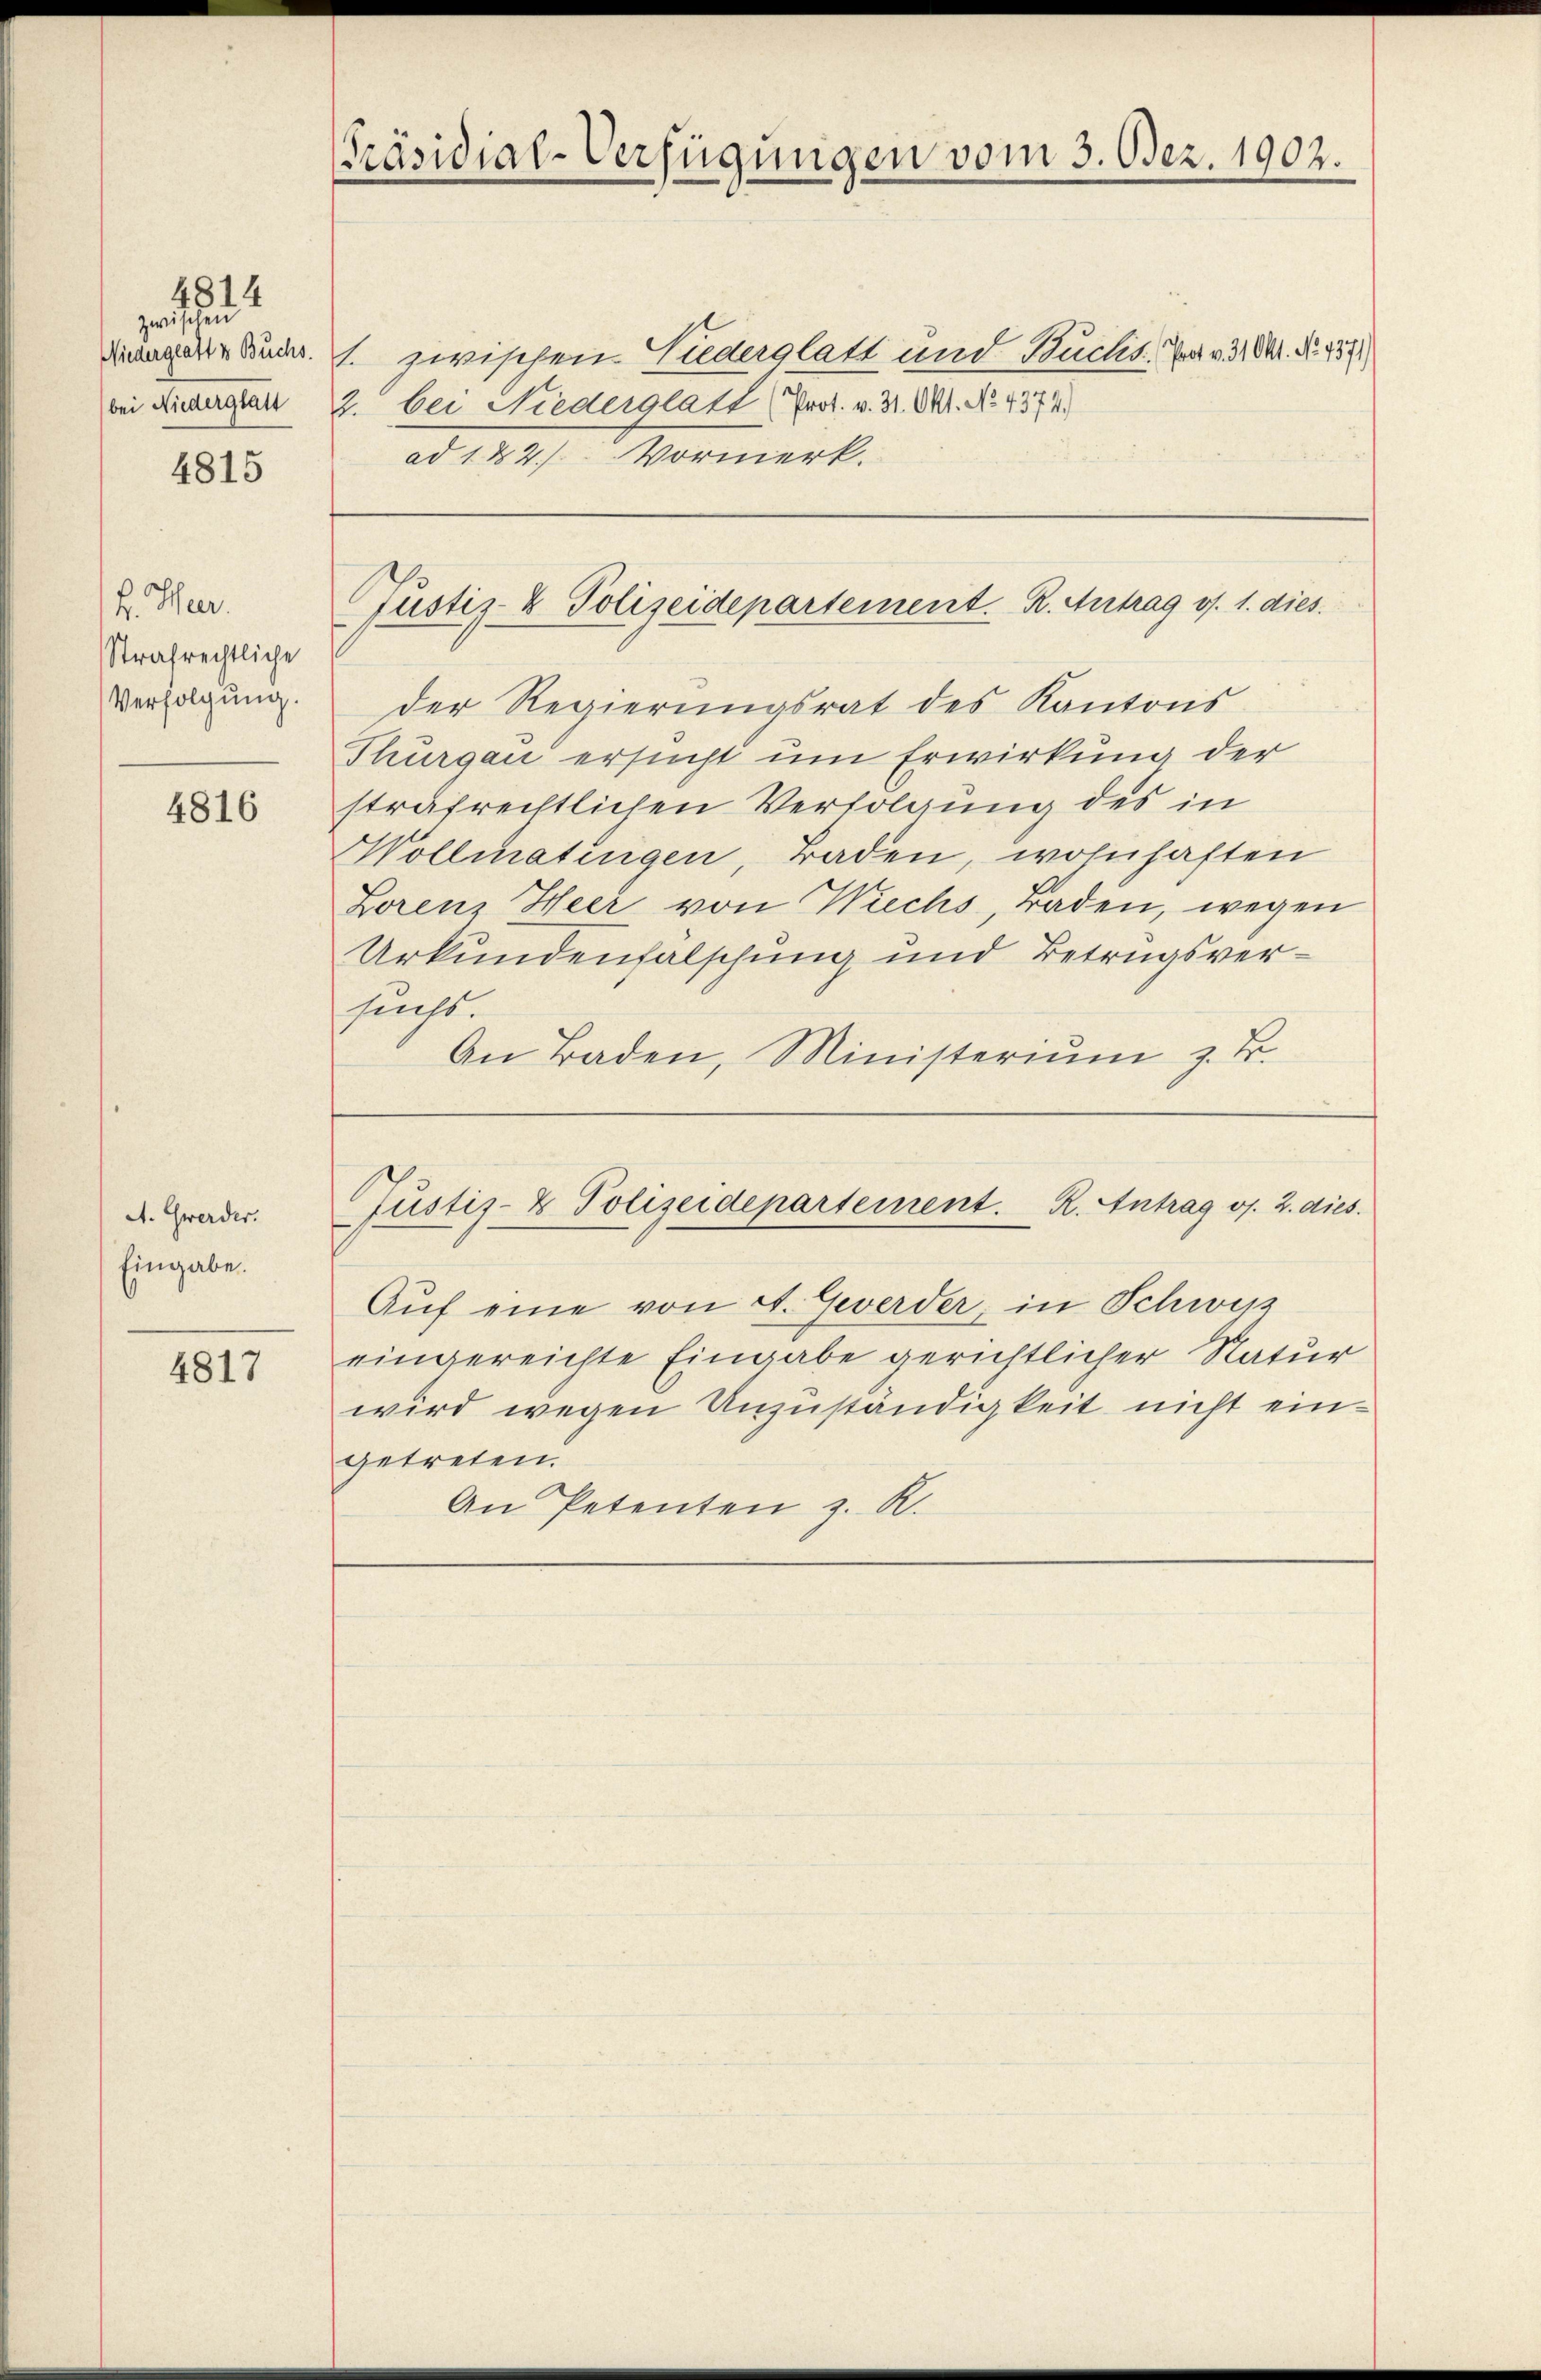
4814
zwischen
Niederglatt & Buchs.
bei Niederglatt

4815

H. Her
Strafrechtliche
Verfolgung.

4816

A. Gwerder.
Eingabe.

4817

Präsidial-Verfügungen vom 3. Dez. 1902.

1. zwischen Liederglatt und Buchs. War d. d. d. 151
3. bei Niederglatt (Prot. v. 31. Okt. No. 4374)
ad 182. Vormerk.

Justiz- & Polizeidepartement. R. Antrag os. 1. dies

der Regierungsrat des Kantons
Thurgau ersucht um Erwirkung der
strafrechtlichen Verfolgung des in
ollmatingen, Baden, wohnhaften
Lorenz Heer von Wiechs, Baden, wegen
Urkundenfalschung und Betrugsversuchs.
An Baden, Ministeriŭm z. B.

Justiz- & Polizeidepartement. R. Antrag v. 2. dies

Aŭf eine von A. Gewerder, in Schweiz
eingereichte Eingabe gerichtlicher Natur
wird wegen Anzuständigkeit nicht eingetreten.
An Petenten z. R.